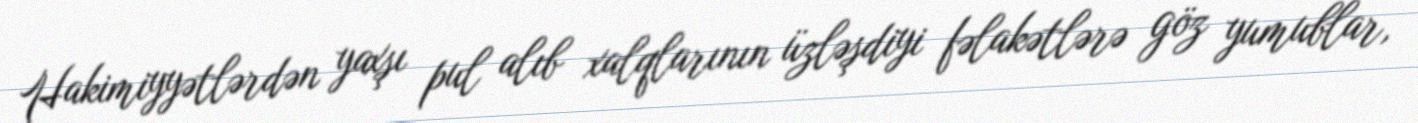
Hakimiyyətlərdən yaxşı pul alıb xalqlarının üzləşdiyi fəlakətlərə göz yumublar,